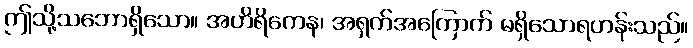
ဤသို့သဘောရှိသော။ အဟိရိကေန၊ အရှက်အကြောက် မရှိသောရဟန်းသည်။